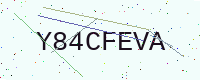
Text: Y84CFEVA